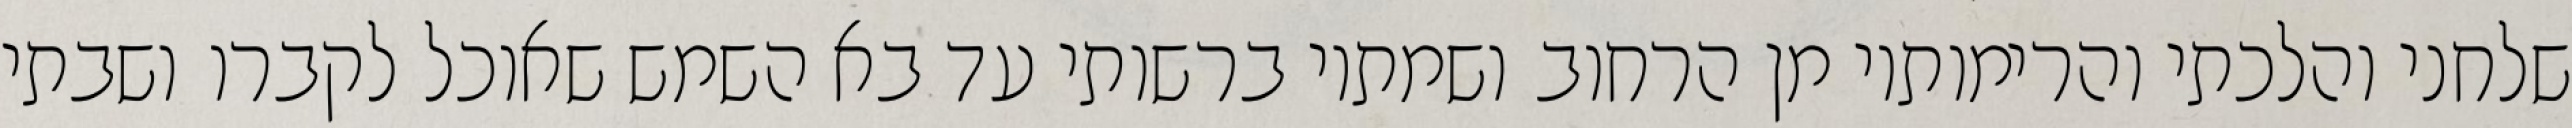
שלחני והלכתי והרימותיו מן הרחוב ושמתיו ברשותי עד בא השמש שאוכל לקברו ושבתי